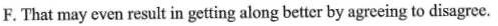
F. That may even result in getting along better by agreeing to disagree.